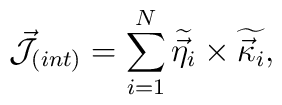
{\cal \vec{J}}_{(int)}=\sum_{i=1}^{N}\widetilde{\vec{\eta}_{i}}\times\widetilde{\vec{\kappa}_{i}},